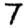
Digit: 7